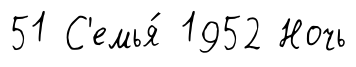
51 С'емья́ 1952 Ночь